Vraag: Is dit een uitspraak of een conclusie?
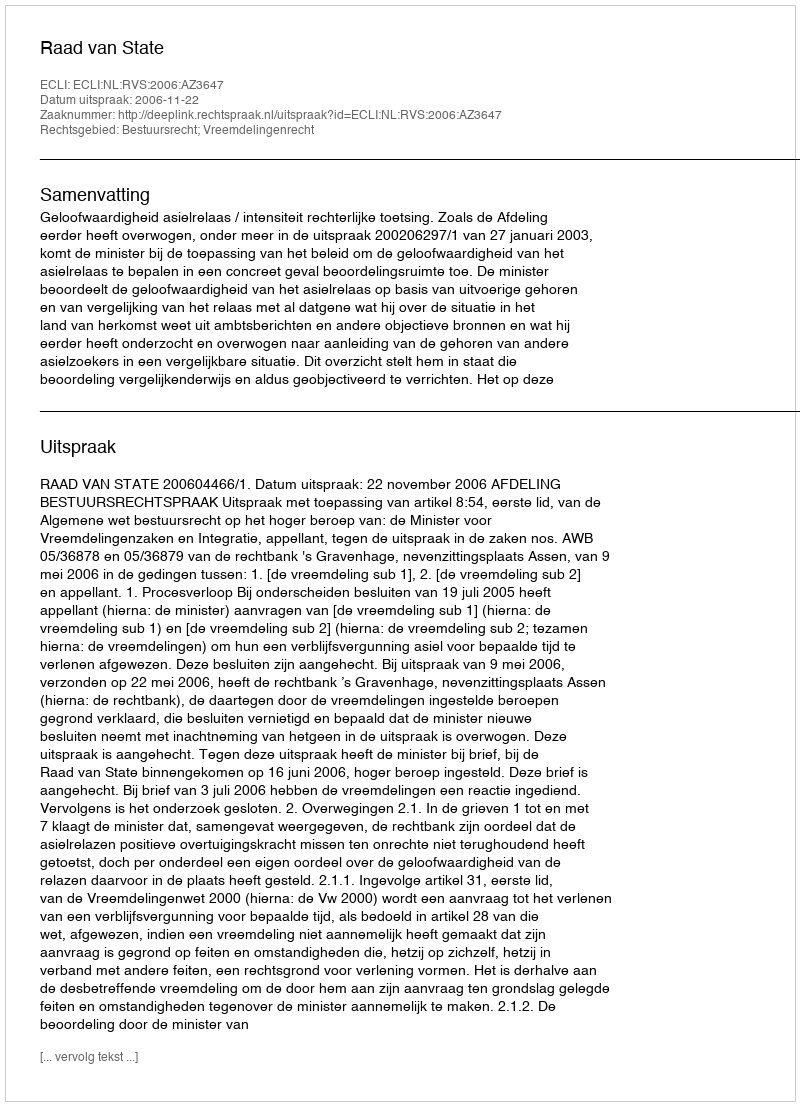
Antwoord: Uitspraak